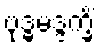
ဗုဒ္ဓမဒ္ဒက္ခိံ